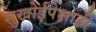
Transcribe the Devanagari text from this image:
सुखोईपेक्षाही